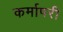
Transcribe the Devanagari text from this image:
कर्मापरी